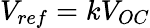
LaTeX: V_{ref}=kV_{OC}